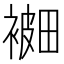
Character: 𰴅